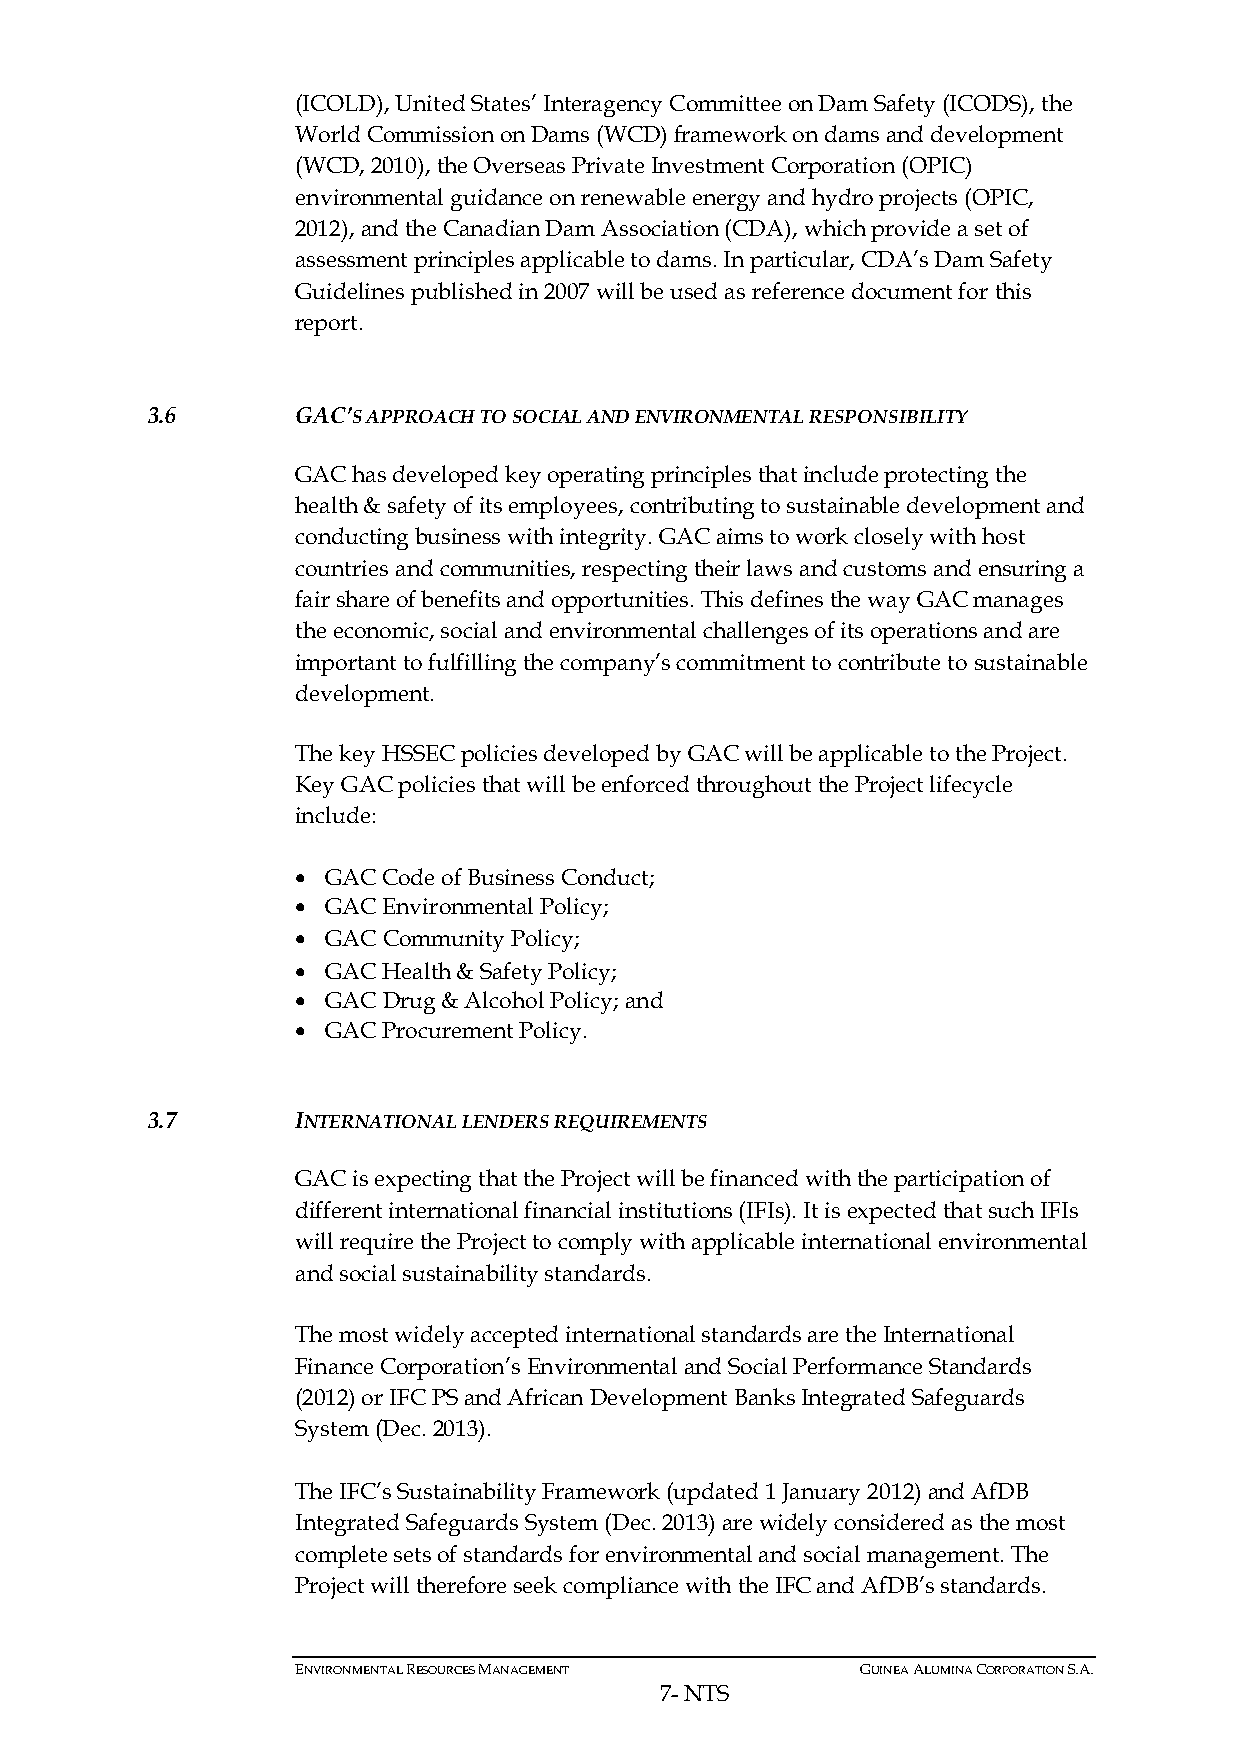
(ICOLD), United States’ Interagency Committee on Dam Safety (ICODS), the
 World Commission on Dams (WCD) framework on dams and development
 (WCD, 2010), the Overseas Private Investment Corporation (OPIC)
 environmental guidance on renewable energy and hydro projects (OPIC,
 2012), and the Canadian Dam Association (CDA), which provide a set of
 assessment principles applicable to dams. In particular, CDA’s Dam Safety
 Guidelines published in 2007 will be used as reference document for this
 report.
 3.6       GAC’S APPROACH TO SOCIAL AND ENVIRONMENTAL RESPONSIBILITY
 GAC has developed key operating principles that include protecting the
 health & safety of its employees, contributing to sustainable development and
 conducting business with integrity. GAC aims to work closely with host
 countries and communities, respecting their laws and customs and ensuring a
 fair share of benefits and opportunities. This defines the way GAC manages
 the economic, social and environmental challenges of its operations and are
 important to fulfilling the company’s commitment to contribute to sustainable
 development.
 The key HSSEC policies developed by GAC will be applicable to the Project.
 Key GAC policies that will be enforced throughout the Project lifecycle
 include:
 • GAC Code of Business Conduct;
 • GAC Environmental Policy;
 • GAC Community Policy;
 • GAC Health & Safety Policy;
 • GAC Drug & Alcohol Policy; and
 • GAC Procurement Policy.
 3.7       INTERNATIONAL LENDERS REQUIREMENTS
 GAC is expecting that the Project will be financed with the participation of
 different international financial institutions (IFIs). It is expected that such IFIs
 will require the Project to comply with applicable international environmental
 and social sustainability standards.
 The most widely accepted international standards are the International
 Finance Corporation’s Environmental and Social Performance Standards
 (2012) or IFC PS and African Development Banks Integrated Safeguards
 System (Dec. 2013).
 The IFC’s Sustainability Framework (updated 1 January 2012) and AfDB
 Integrated Safeguards System (Dec. 2013) are widely considered as the most
 complete sets of standards for environmental and social management. The
 Project will therefore seek compliance with the IFC and AfDB’s standards.
 ENVIRONMENTAL RESOURCES MANAGEMENT   GUINEA ALUMINA CORPORATION S.A.
 7- NTS